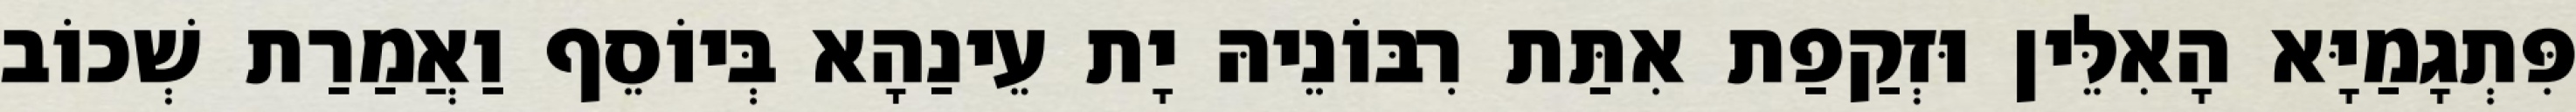
פִּתְגָמַיָּא הָאִלֵּין וּזְקַפַת אִתַּת רִבּוֹנֵיהּ יָת עֵינַהָא בְּיוֹסֵף וַאֲמַרַת שְׁכוֹב